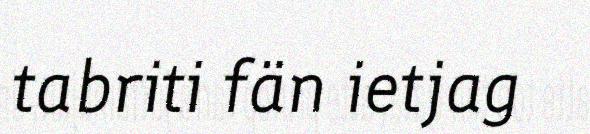
tabriti fän ietjag